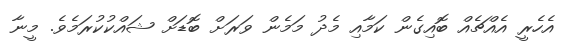
އެހެރީ އެއްޗެއް ބޮއިގެން ކަމާއި މެދު މަމެން ވަރަށް ބޮޑަށް ޝައްކުކުރަމެވެ. މީނާ